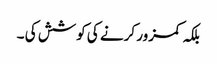
بلکہ کمزور کرنے کی کوشش کی ۔